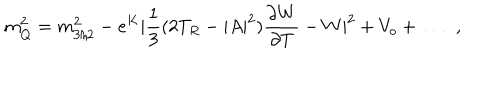
LaTeX: m _ { Q } ^ { 2 } = m _ { 3 / 2 } ^ { 2 } - e ^ { K } | \frac { 1 } { 3 } ( 2 T _ { R } - | A | ^ { 2 } ) \frac { \partial W } { \partial T } - W | ^ { 2 } + V _ { o } + \dots \; \; ,